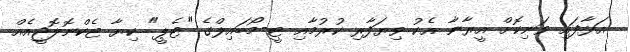
އަޅާފައި ވަނިކޮށް އީރާނާ އެކު ވިޔަފާރި ކުރުމާއި ޓީ-މޯބައިލްގެ "ޓެޕީ" ކިޔާ ޓެކްނޮލޮޖީއެއް